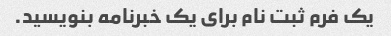
یک فرم ثبت نام برای یک خبرنامه بنویسید.